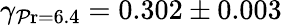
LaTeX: \gamma_{\operatorname*{\mathcal{P}r}=6.4}=0.302\pm0.003